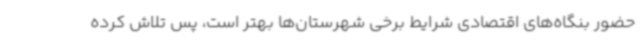
حضور بنگاه‌های اقتصادی شرایط برخی شهرستان‌ها بهتر است، پس تلاش کرده